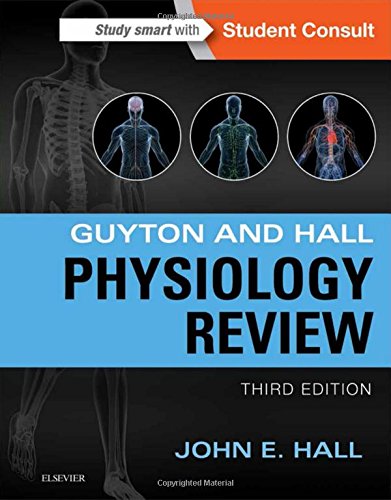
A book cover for Guyton & Hall Physiology Review, 3e (Guyton Physiology); John E. Hall PhD; Medical Books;